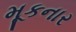
મૂકનાર